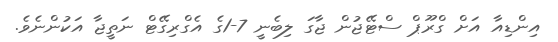
އިންޑިއާ އަށް ގްރޫޕް ސްޓޭޖުން ޖާގަ ލިބެނީ 7-1ގެ އެގްރިގޭޓް ނަތީޖާ އަކުންނެވެ.